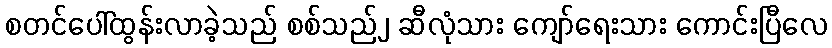
စတင်ပေါ်ထွန်းလာခဲ့သည် စစ်သည်၂ ဆီလုံသား ကျော်ရေးသား ကောင်းပြီလေ